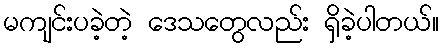
မကျင်းပခဲ့တဲ့ ဒေသတွေလည်း ရှိခဲ့ပါတယ်။